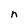
Character: n